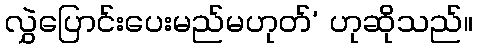
လွှဲပြောင်းပေးမည်မဟုတ်’ ဟုဆိုသည်။